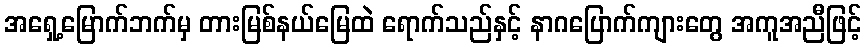
အရှေ့မြောက်ဘက်မှ တားမြစ်နယ်မြေထဲ ရောက်သည်နှင့် နာဂပြောက်ကျားတွေ အကူအညီဖြင့်